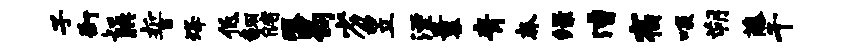
子街知腆誓烽低翻储瑕曷劣昱湮曩青奔绿漕宿啖朔藤千